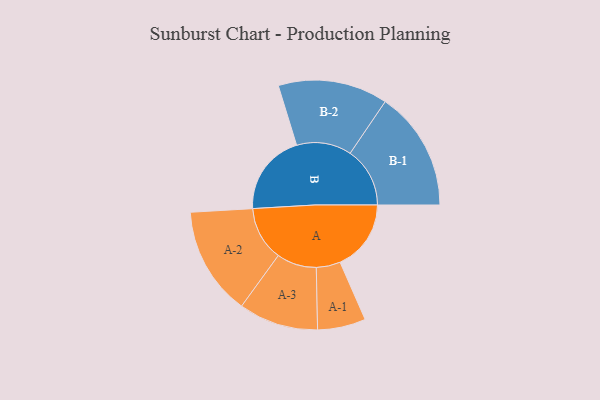
{"axis": {"x": "Segment", "y": "Value"}, "legend": ["", "A", "B"], "data": [{"x": "A", "y": 348, "type": ""}, {"x": "B", "y": 400, "type": ""}, {"x": "A-1", "y": 118, "type": "A"}, {"x": "A-2", "y": 266, "type": "A"}, {"x": "A-3", "y": 195, "type": "A"}, {"x": "B-1", "y": 293, "type": "B"}, {"x": "B-2", "y": 269, "type": "B"}]}